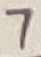
Text: 7